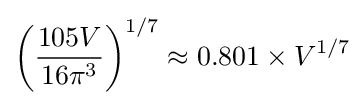
\left({\frac {105V}{16\pi ^{3}}}\right)^{1/7}\approx 0.801\times V^{1/7}